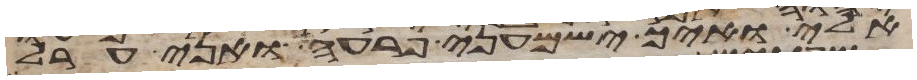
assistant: אלי ואיך ישמעני פרעה ואני ערל